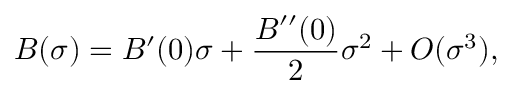
B ( \sigma ) = B ^ { \prime } ( 0 ) \sigma + \frac { B ^ { \prime \prime } ( 0 ) } { 2 } \sigma ^ { 2 } + O ( \sigma ^ { 3 } ) ,